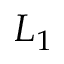
L _ { 1 }